Civil Veterinary Dept. North-West Frontier Province 1901-22 - 1901-1922
Year: 1901
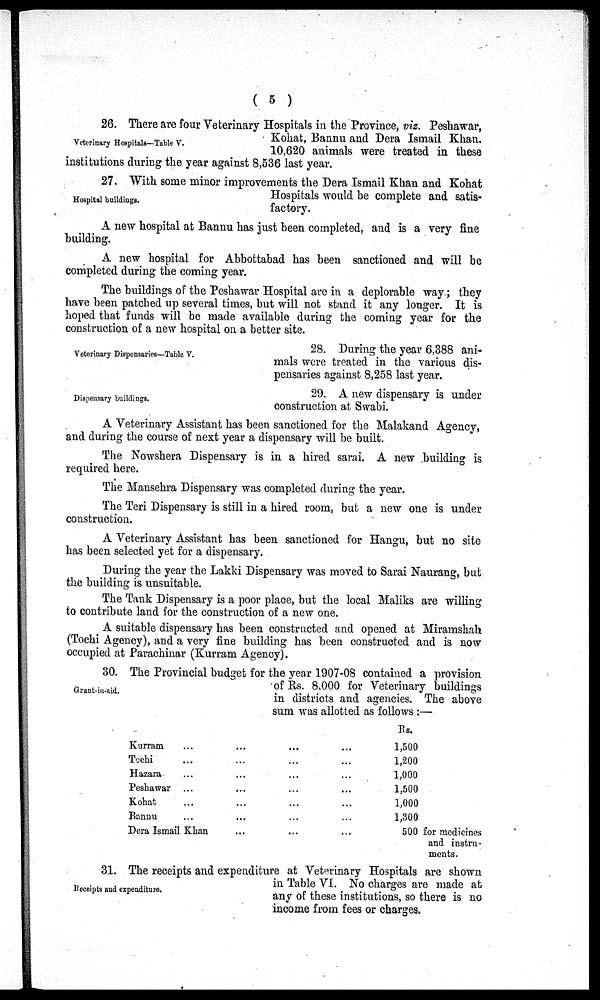
(5)
Veterinary Hospitals—Table V.
26. There are four Veterinary Hospitals in the Province, viz. Peshawar,
Kohat, Bannu and Dera Ismail Khan.
10,620 animals were treated in these
institutions during the year against 8,536 last year.
Hospital buildings.
27. With some minor improvements the Dera Ismail Khan and Kohat
Hospitals would be complete and satis-
factory.
A new hospital at Bannu has just been completed, and is a very fine
building.
A new hospital for Abbottabad has been sanctioned and will be
completed during the coming year.
The buildings of the Peshawar Hospital are in a deplorable way; they
have been patched up several times, but will not stand it any longer. It is
hoped that funds will be made available during the coming year for the
construction of a new hospital on a better site.
Veterinary Dispensaries—Table V.
28. During the year 6,388 ani-
mals were treated in the various dis-
pensaries against 8,258 last year.
Dispensary buildings.
29. A new dispensary is under
construction at Swabi.
A Veterinary Assistant has been sanctioned for the Malakand Agency,
and during the course of next year a dispensary will be built.
The Nowshera Dispensary is in a hired sarai. A new building is
required here.
The Mansehra Dispensary was completed during the year.
The Teri Dispensary is still in a hired room, but a new one is under
construction.
A Veterinary Assistant has been sanctioned for Hangu, but no site
has been selected yet for a dispensary.
During the year the Lakki Dispensary was moved to Sarai Naurang, but
the building is unsuitable.
The Tank Dispensary is a poor place, but the local Maliks are willing
to contribute land for the construction of a new one.
A suitable dispensary has been constructed and opened at Miramshah
(Tochi Agency), and a very fine building has been constructed and is now
occupied at Parachinar (Kurram Agency).
Grant-in-aid.
30. The Provincial budget for the year 1907-08 contained a provision
of Rs. 8,000 for Veterinary buildings
in districts and agencies. The above
sum was allotted as follows:—
Kurram ...
Tochi ...
Hazara ...
Peshawar ...
Kohat ...
Bannu ...
Dera Ismail Khan
...
...
...
...
...
...
...
...
...
...
...
...
...
...
...
...
...
...
...
...
...
Rs.
1,500
1,200
1,000
1,500
1,000
1,300
500 for medicines
and instru-
ments.
Receipts and expenditure.
31. The receipts and expenditure at Veterinary Hospitals are shown
in Table VI. No charges are made at
any of these institutions, so there is no
income from fees or charges.